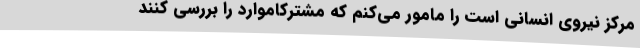
مرکز نیروی انسانی است را مامور می‌کنم که مشترکاموارد را بررسی کنند